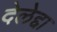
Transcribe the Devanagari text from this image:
देलेद्दा